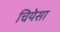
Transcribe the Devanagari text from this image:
चियेसा